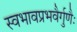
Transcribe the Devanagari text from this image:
स्वभावप्रभवैर्गुणैः